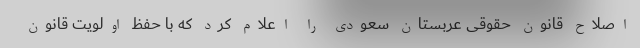
اصلاح قانون حقوقی عربستان سعودی را اعلام کرد که با حفظ اولویت قانون